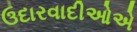
ઉદારવાદીઓએ